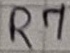
Text: R7